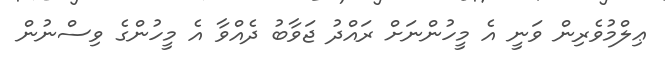
ޢިލްމުވެރިން ވަނީ އެ މީހުންނަށް ރައްދު ޖަވާބު ދެއްވާ އެ މީހުންގެ ވިސްނުން